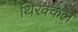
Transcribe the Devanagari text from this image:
थिरक्कल